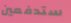
ستدفعين